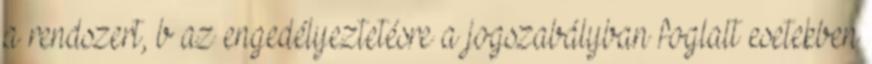
a rendszert, b az engedélyeztetésre a jogszabályban foglalt esetekben